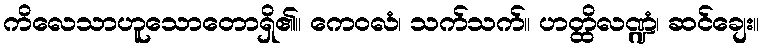
ကိလေသာဟူသောတောရှိ၏။ ကေဝလံ၊ သက်သက်။ ဟတ္ထိလဏ္ဍံ၊ ဆင်ချေး။